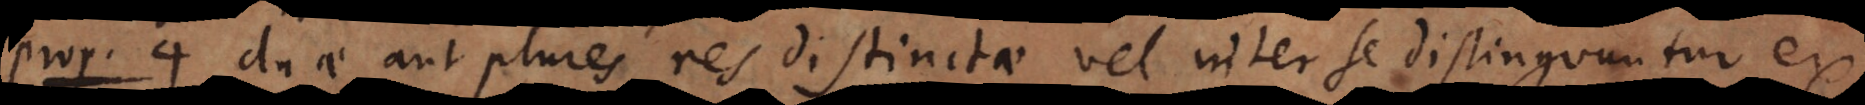
o 4. Duae aut plures res distinctae vel inter se distinguuntur ex